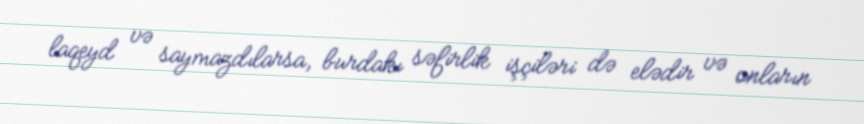
laqeyd və saymazdılarsa, burdakı səfirlik işçiləri də elədir və onların